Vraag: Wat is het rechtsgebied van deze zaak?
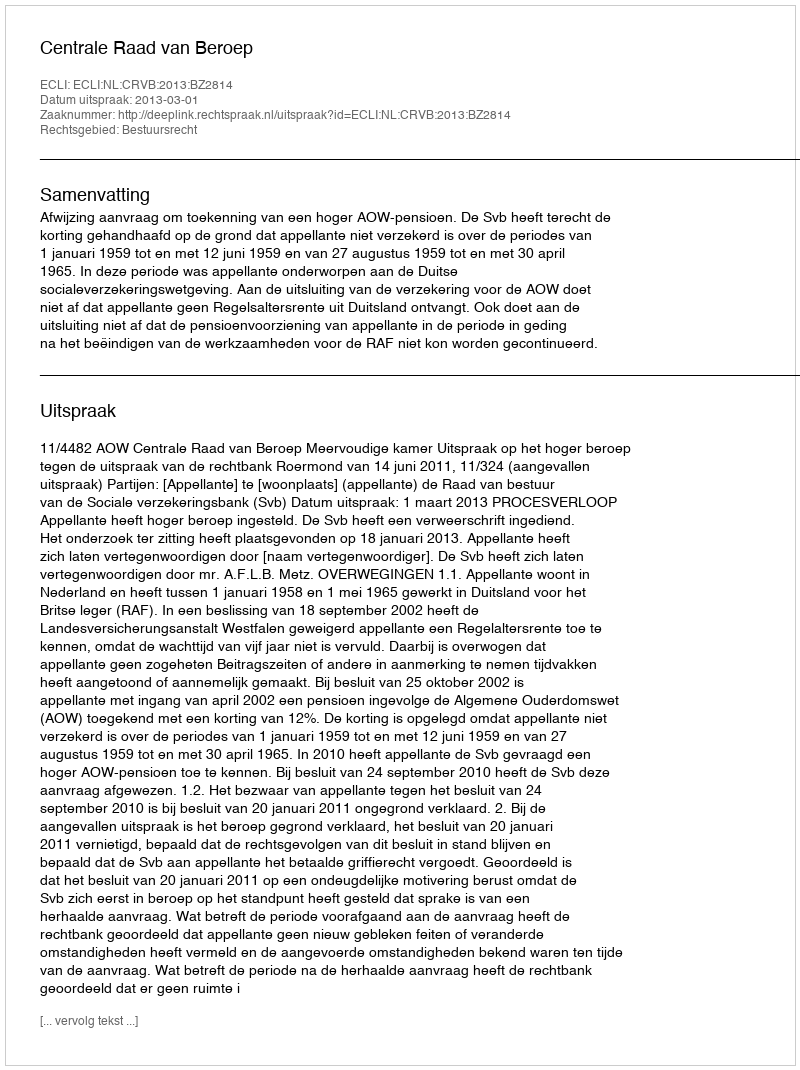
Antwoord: Bestuursrecht